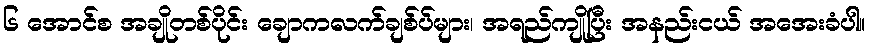
၆ အောင်စ အချိုတစ်ပိုင်း ချောကလက်ချစ်ပ်များ၊ အရည်ကျိုပြီး အနည်းငယ် အအေးခံပါ။